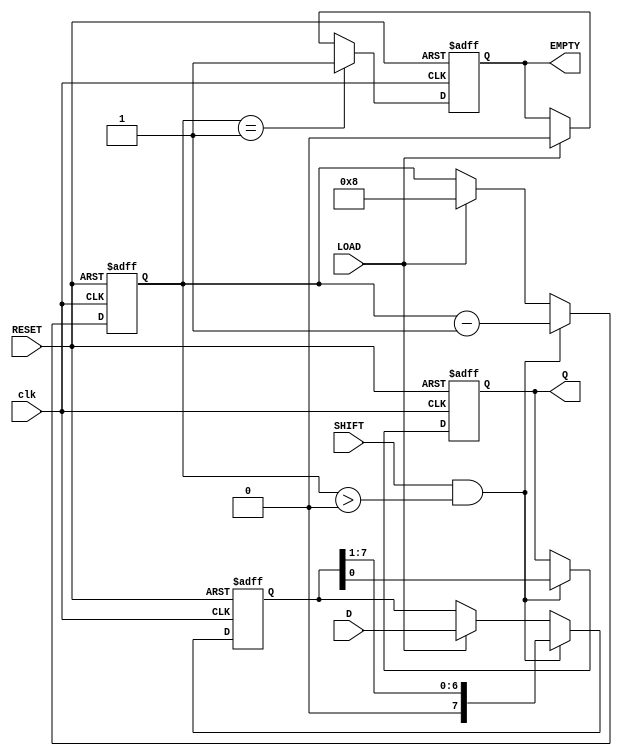
module FIFO_PISO #(
    parameter WIDTH = 8  // Width of the data bus
)(
    input wire [WIDTH-1:0] D,    // Parallel data input
    input wire LOAD,              // Load signal
    input wire SHIFT,             // Shift signal
    input wire RESET,             // Reset signal
    input wire clk,               // Clock signal
    output reg Q,                 // Serial output
    output reg EMPTY              // Empty flag
);

    reg [WIDTH-1:0] shift_reg;    // Shift register to hold data
    reg [3:0] count;               // Counter for number of bits loaded
    reg [3:0] index;               // Index for shifting out data

    // Asynchronous reset
    always @(posedge clk or posedge RESET) begin
        if (RESET) begin
            shift_reg <= 0;
            count <= 0;
            index <= 0;
            Q <= 0;
            EMPTY <= 1; // Initially empty
        end else begin
            // Load data into the shift register
            if (LOAD) begin
                shift_reg <= D;
                count <= WIDTH; // Set count to WIDTH when loading
                index <= 0;     // Reset index for shifting
                EMPTY <= 0;     // Not empty after loading
            end
            
            // Shift data out serially
            if (SHIFT && count > 0) begin
                Q <= shift_reg[0]; // Output the LSB
                shift_reg <= shift_reg >> 1; // Shift right
                count <= count - 1; // Decrement count
                index <= index + 1; // Increment index
            end
            
            // Update EMPTY flag
            if (count == 1) begin
                EMPTY <= 1; // Set EMPTY flag when no bits left to shift
            end
        end
    end

endmodule